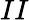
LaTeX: II